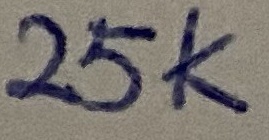
Text: 25K